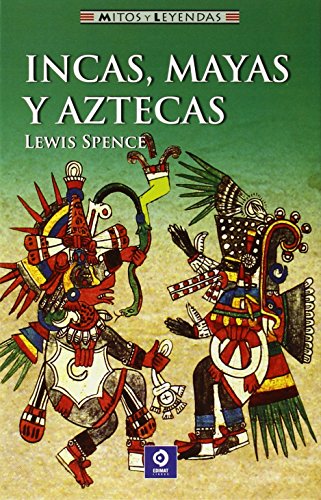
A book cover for Incas, mayas y aztecas (Mitos y leyendas) (Spanish Edition); Lewis Spence; History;